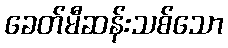
ခေတ်မီဆန်းသစ်သော